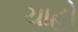
ચાહો